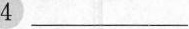
4 ___